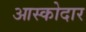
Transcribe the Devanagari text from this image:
आस्कोदार